Senior Leaving Certificate Examination (including Day School Certificate (Higher) General paper), 1950
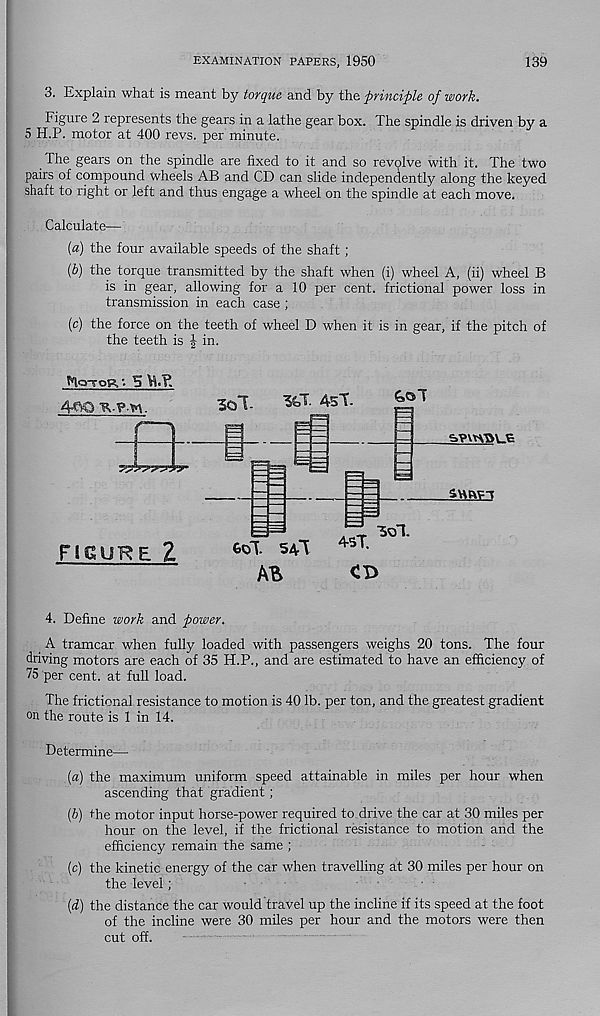
EXAMINATION PAPERS, 1950
139
3. Explain what is meant by torque and by the principle of work.
Figure 2 represents the gears in a lathe gear box. The spindle is driven by a
5 H.P. motor at 400 revs, per minute.
The gears on the spindle are fixed to it and so revolve with it. The two
pairs of compound Wheels AB and CD can slide independently along the keyed
shaft to right or left and thus engage a wheel on the spindle at each move.
Calculate—
{a) the four available speeds of the shaft ;
[b) the torque transmitted by the shaft when (i) wheel A, (ii) wheel B
is in gear, allowing for a 10 per cent, frictional power loss in
transmission in each case ;
(c) the force on the teeth of wheel D when it is in gear, if the pitch of
the teeth is | in.
FIcttqR ' • 5
4PQ •scp-tn.
3ol-
4sT.
E3i
FICURE 2
syvtygns
GOT 54l
45T
Aft
3ol.
4. Define work and power.
A tramcar when fully loaded with passengers weighs 20 tons. The four
driving motors are each of 35 H.P., and are estimated to have an efficiency of
75 per cent, at full load.
The frictional resistance to motion is 40 lb. per ton, and the greatest gradient
on the route is 1 in 14.
Determine—
[a) the maximum uniform speed attainable in miles per hour when
ascending that gradient ;
[b) the motor input horse-power required to drive the car at 30 miles per
hour on the level, if the frictional resistance to motion and the
efficiency remain the same ;
[c) the kinetic energy of the car when travelling at 30 miles per hour on
the level;
[d) the distance the car would travel up the incline if its speed at the foot
of the incline were 30 miles per hour and the motors were then
cut off.